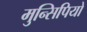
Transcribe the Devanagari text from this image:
मुन्सिपियो